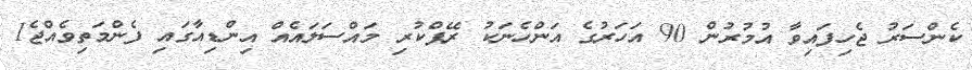
ކެންސަރު ޖެހިފައިވާ އުމުރުން 90 އަހަރުގެ އަންހެނަކު ރޭޕްކުރި މައްސަލައެއް އިންޑިއާގައި ފެންމަތިވެއްޖެ1